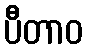
ပီတာဝ